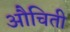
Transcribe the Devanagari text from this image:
औचिती